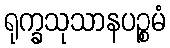
ရုက္ခသုသာနပဉ္စမံ